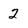
Character: 2